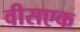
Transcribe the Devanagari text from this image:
वीसएक